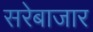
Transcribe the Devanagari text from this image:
सरेबाजार